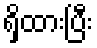
ရှိထားပြီး